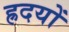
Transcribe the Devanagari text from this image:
ह्रदयों